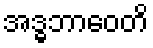
အဒ္ဓဘာဝေတိ